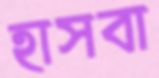
হাসবা